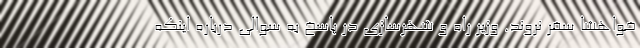
خواهشا سفر نروند. وزیر راه و شهرسازی در پاسخ به سوالی درباره اینکه